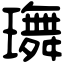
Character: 𤪕